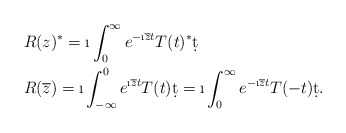
\begin{align*}&R(z)^*=\i\int _0^\infty e^{- \i\overline{z}t}T(t)^*\d t\\ &R(\overline{z})= \i\int_{-\infty}^0 e^{\i\overline{z}t}T(t)\d t= \i\int_0^\infty e^{-\i\overline{z}t}T(-t)\d t.\end{align*}